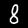
Digit: 8